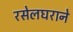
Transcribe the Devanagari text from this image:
रसेलघराने